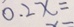
0 . 2 x =